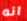
انه